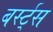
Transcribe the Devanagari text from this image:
बर्स्ट्‌स